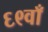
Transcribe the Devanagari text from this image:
६९वाँ